Sketch of the medical history of the native army of Bombay, for the year
Year: 1876
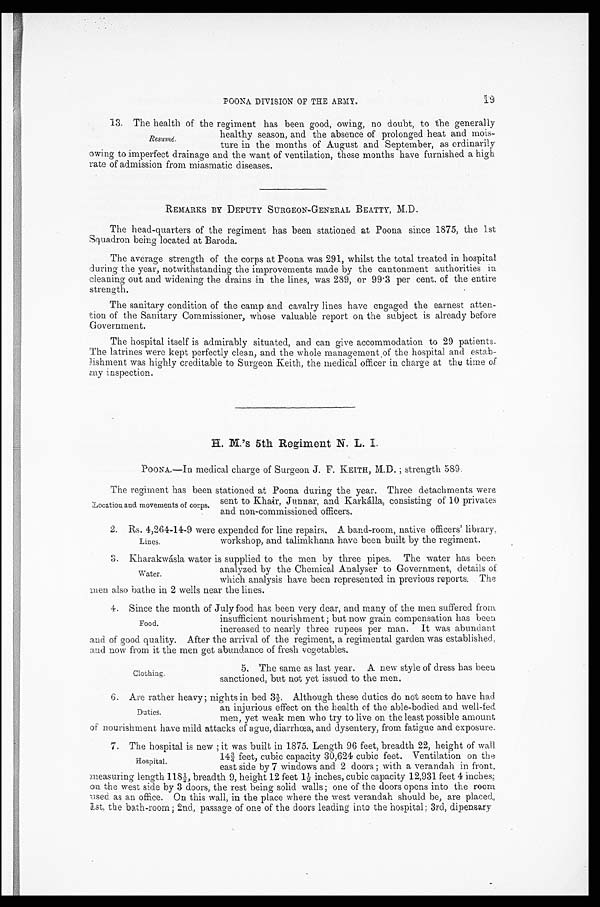
POONA DIVISION OF THE ARMY. 19
13. The health of the regiment has been good, owing, no doubt, to the generally
healthy season, and the absence of prolonged heat and mois
-ture in the months of August and September, as ordinarily
owing to imperfect drainage and the want of ventilation, these months have furnished a high
rate of admission from miasmatic diseases.
REMARKS BY DEPUTY SURGEON-GENERAL BEATTY, M.D.
The head-quarters of the regiment has been stationed at Poona since 1875, the 1st
Squadron being located at Baroda.
The average strength of the corps at Poona was 291, whilst the total treated in hospital
during the year, notwithstanding the improvements made by the cantonment authorities in
cleaning out and widening the drains in the lines, was 289, or 99.3 per cent of the entire
strength.
The sanitary condition of the camp and cavalry lines have engaged the earnest atten
-tion of the Sanitary Commissioner, whose valuable report on the subject is already before
Government.
The hospital itself is admirably situated, and can give accommodation to 29 patients-
The latrines were kept perfectly clean, and the whole management of the hospital and estab
-lishment was highly creditable to Surgeon Keith, the medical officer in charge at the time of
my inspection.
H. M.'s 5th Regiment N. L. I.
POONA.—In medical charge of Surgeon J. F. KEITH, M.D.; strength 589.
The regiment has been stationed at Poona during the year. Three detachments were
sent to Khair, Junnar, and Karkálla, consisting of 10 privates
and non-commissioned officers.
2. Rs. 4,264-14-9 were expended for line repairs. A band-room, native officers' library,
workshop, and talimkhana have been built by the regiment.
3 . K h a r a k w á s l a w a t e r i s s u p p l i e d t o t h e m e n b y t h r e e p i p e s . T h e w a t e r h a s b e e n
analyzed by the Chemical Analyser to Government, details of
which analysis have been represented in previous reports. The
men also bathe in 2 wells near the lines.
4. Since the month of July food has been very dear, and many of the men suffered from
insufficient nourishment; but now grain compensation has been
increased to nearly three rupees per man. It was abundant
and of good quality. After the arrival of the regiment, a regimental garden was established
and now from it the men get abundance of fresh vegetables.
Resumé.
Location and movements of corps.
Lines.
Water.
Food.
Clothing.
5. The same as last year. A new style of dress has been
sanctioned, but not yet issued to the men.
6. Are rather heavy; nights in bed 3 3/5. Although these duties do not seem to have had
an injurious effect on the health of the able-bodied and well-fed
men, yet weak men who try to live on the least possible amount
of nourishment have mild attacks of ague, diarrhœa, and dysentery, from fatigue and exposure.
Duties.
7. The hospital is new; it was built in 1875. Length 96 feet, breadth 22, height of wall
14¾ feet, cubic capacity 30,624 cubic feet. Ventilation on the
east side by 7 windows and 2 doors; with a verandah in front,
measuring length 118½, breadth 9, height 12 feet 1½ inches, cubic capacity 12,931 feet 4 inches
; o n t h e w e s t s i d e b y 3 d o o r s , t h e r e s t b e i n g s o l i d w a l l s ; o n e o f t h e d o o r s o p e n s i n t o t h e r o o m
used as an office. On this wall, in the place where the west verandah should be, are placed,
1st, the bath-room; 2nd, passage of one of the doors leading into the hospital; 3rd, dipensary
Hospital.